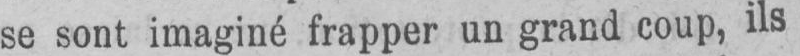
se sont imaginé frapper un grand coup, ils